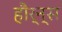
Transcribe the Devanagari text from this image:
हौर्न्स